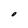
Character: O